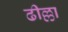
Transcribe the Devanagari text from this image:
ढील्ला